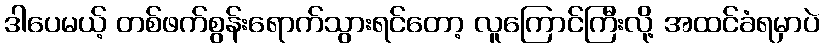
ဒါပေမယ့် တစ်ဖက်စွန်းရောက်သွားရင်တော့ လူကြောင်ကြီးလို့ အထင်ခံရမှာပဲ